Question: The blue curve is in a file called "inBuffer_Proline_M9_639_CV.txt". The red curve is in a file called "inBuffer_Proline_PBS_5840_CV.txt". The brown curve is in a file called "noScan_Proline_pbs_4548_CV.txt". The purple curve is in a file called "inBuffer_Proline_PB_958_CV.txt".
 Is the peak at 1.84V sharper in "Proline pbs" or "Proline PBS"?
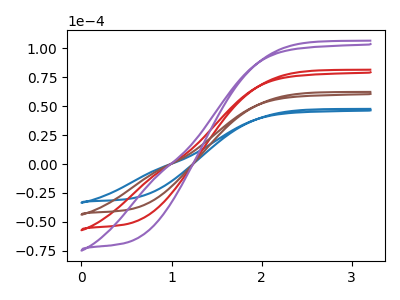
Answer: <think>The blue curve "Proline M9" has no peaks. The red curve "Proline PBS" has no peaks. The brown curve "Proline pbs" has no peaks. The purple curve "Proline PB" has no peaks.</think>
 <answer>"Proline pbs" and "Proline PBS" dont share a peak at 1.84V.</answer>
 <eval>mismatch</eval>